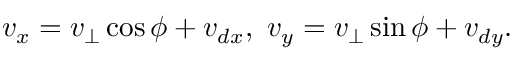
v _ { x } = v _ { \perp } \cos \phi + v _ { d x } , ~ v _ { y } = v _ { \perp } \sin \phi + v _ { d y } .